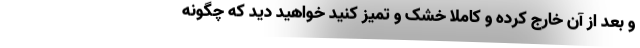
و بعد از آن خارج کرده و کاملا خشک و تمیز کنید خواهید دید که چگونه